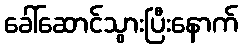
ခေါ်ဆောင်သွားပြီးနောက်